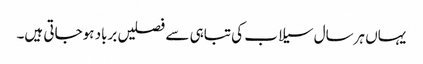
یہاں ہرسال سیلاب کی تباہی سے فصلیں برباد ہوجاتی ہیں۔